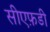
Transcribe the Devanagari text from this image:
सीएफ़डी